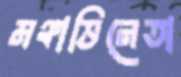
মঞ্চাভিনেতা